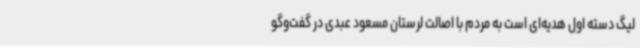
لیگ دسته اول هدیه‌ای است به مردم با اصالت لرستان مسعود عبدی در گفت‌وگو